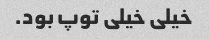
خیلی خیلی توپ بود.